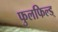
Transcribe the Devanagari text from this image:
फुलफिल्ड्